画像に写った文字を読んでください
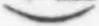
「)」と書いてあります